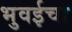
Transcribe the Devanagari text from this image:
भुवईचा